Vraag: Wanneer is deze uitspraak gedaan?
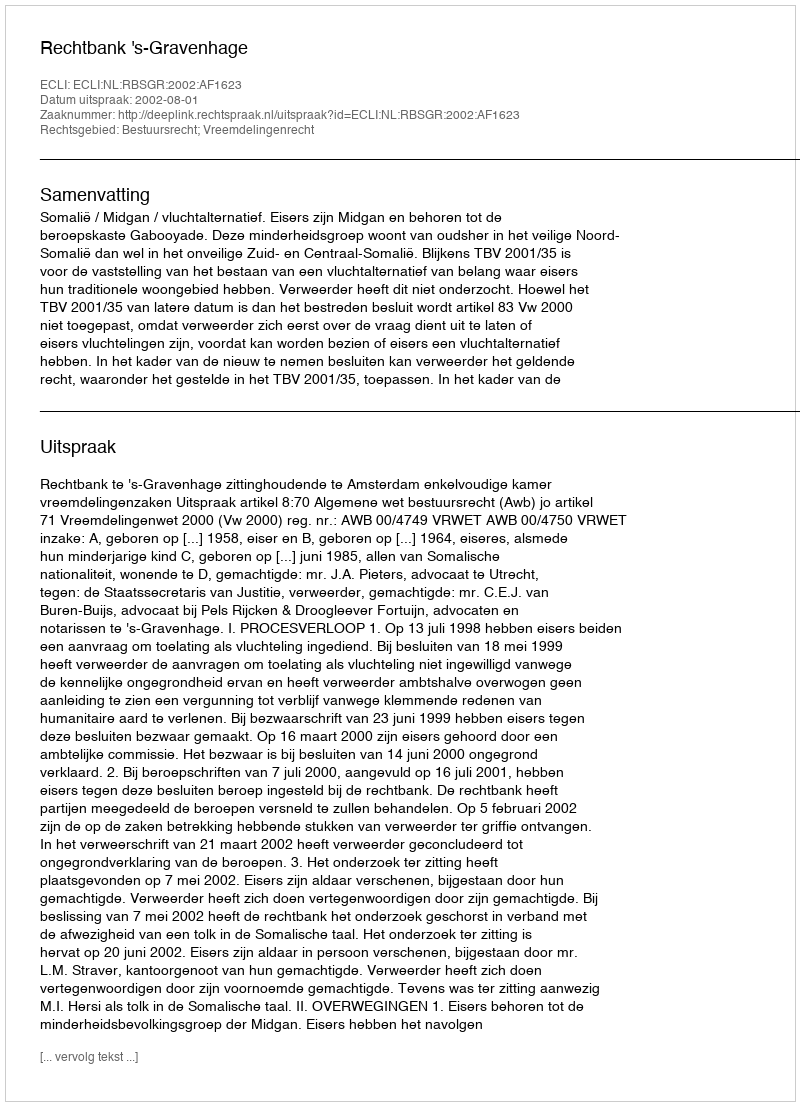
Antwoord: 2002-08-01